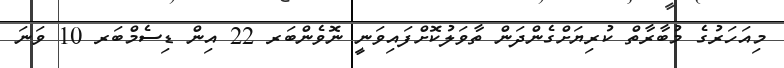
މިއަހަރުގެ މުބާރާތް ކުރިޔަށްގެންދަން ތާވަލުކޮށްފައިވަނީ ނޮވެެންބަރ 22 އިން ޑިސެމްބަރ 10 ވަނަ